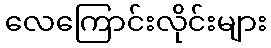
လေကြောင်းလိုင်းများ